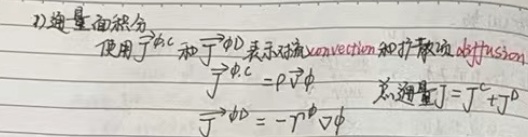
(1) 通量面积分使用了\(\vec{J}^{\phi,C}\)和\(\vec{J}^{\phi,D}\)表示对流（convection）和扩散项（diffusion）：
\(\vec{J}^{\phi,C}=\rho\vec{v}\phi\)
\(\vec{J}^{\phi,D}=-\Gamma^{\phi}\nabla\phi\)
总通量\(\vec{J}=\vec{J}^{C}+\vec{J}^{D}\)